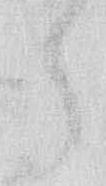
う